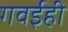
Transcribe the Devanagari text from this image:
गवईही